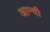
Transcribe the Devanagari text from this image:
आम्ची